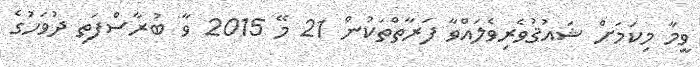
ވީމާ މިކަމަށް ޝައުޤުވެރިވެލައްވާ ފަރާތްތަކުން 21 މޭ 2015 ވާ ބުރާސްފަތި ދުވަހުގެ